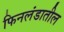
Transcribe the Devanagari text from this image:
फिनलंडातील